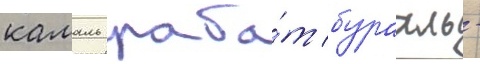
камаль раба́т бурахль -